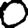
Digit: 0